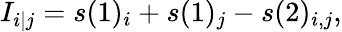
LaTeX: I_{i|j}=s(1)_{i}+s(1)_{j}-s(2)_{i,j},